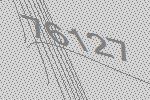
76127